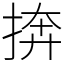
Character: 捹